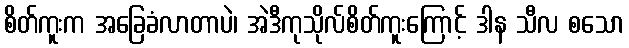
စိတ်ကူးက အခြေခံလာတာပဲ၊ အဲဒီကုသိုလ်စိတ်ကူးကြောင့် ဒါန သီလ စသော